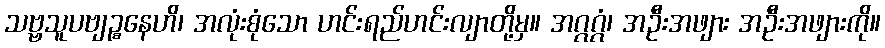
သဗ္ဗသူပဗျဉ္စနေဟိ၊ အလုံးစုံသော ဟင်းရည်ဟင်းလျာတို့မှ။ အဂ္ဂဂ္ဂံ၊ အဦးအဖျား အဦးအဖျားကို။